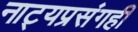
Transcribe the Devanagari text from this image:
नाट्यप्रसंगही